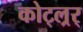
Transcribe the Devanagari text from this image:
कोट्ल्रर्